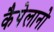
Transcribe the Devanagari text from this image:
कैपेलानो